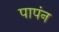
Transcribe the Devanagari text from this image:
पापंन